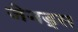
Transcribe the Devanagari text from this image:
जेनड्स